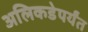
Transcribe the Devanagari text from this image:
अलिकडेपर्यंत